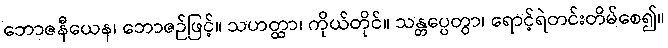
ဘောဇနီယေန၊ ဘောဇဉ်ဖြင့်။ သဟတ္ထာ၊ ကိုယ်တိုင်။ သန္တပ္ပေတွာ၊ ရောင့်ရဲတင်းတိမ်စေ၍။